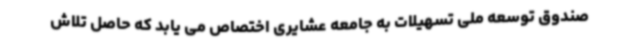
صندوق توسعه ملی تسهیلات به جامعه عشایری اختصاص می یابد که حاصل تلاش